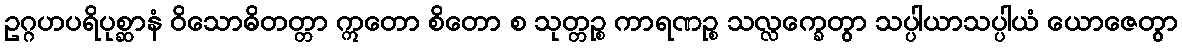
ဥဂ္ဂဟပရိပုစ္ဆာနံ ဝိသောဓိတတ္တာ ဣတော စိတော စ သုတ္တဉ္စ ကာရဏဉ္စ သလ္လက္ခေတွာ သပ္ပါယာသပ္ပါယံ ယောဇေတွာ